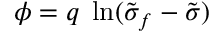
\phi = q \; \ln ( \tilde { \sigma } _ { f } - \tilde { \sigma } )